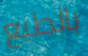
بالطبع